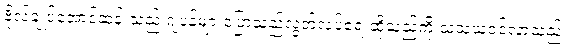
ဗိုလ်ချုပ်အောင်ဆန်းသည် ဂျပန်များပြောသည့်လွတ်လပ်ရေးဆိုသည်ကို သံသယဝင်လာသည်။